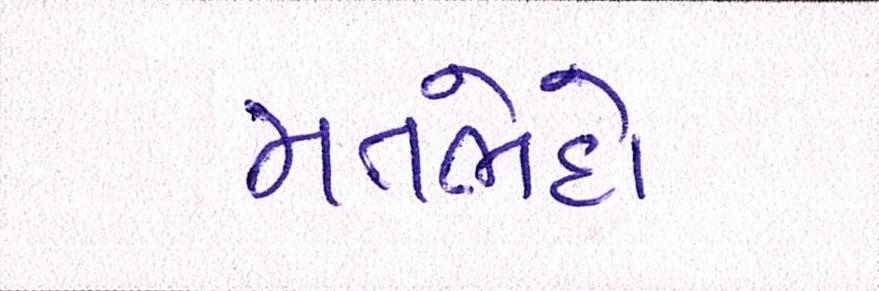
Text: મતભેદો